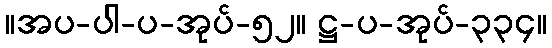
။အပ-ပါ-ပ-အုပ်-၅၂။ ဋ္ဌ-ပ-အုပ်-၃၃၄။